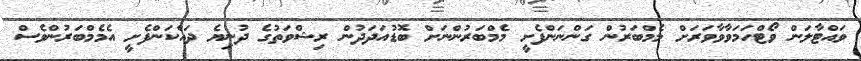
ވައްޓާލަން ވޯޓްހަމަވާވާވަރަށް މެމްބަރުން ގަންނަންފެށީ މެމްބަރުންނަށް ބޮޑުއަދަދުން ރިޝްވަތުގެ ދުނިޔެ ދައްކަންފެށީ އެމެމްބަރުންވެސް